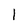
Character: 1